Annual report of the Civil Veterinary Department, Bengal, and of the Bengal Veterinary College, for the year 1902-1903 - 1902-1903
Year: 1902
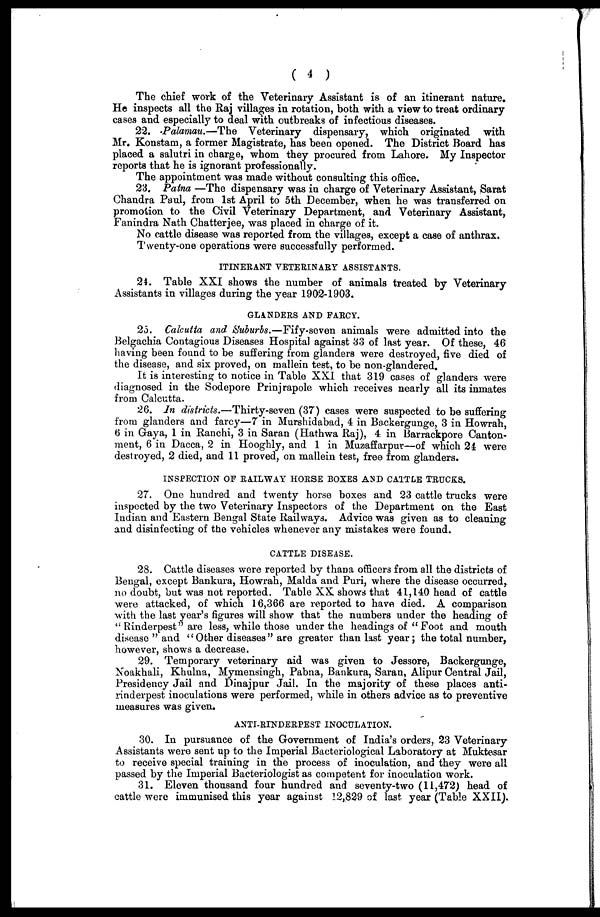
( 4 )
The chief work of the Veterinary Assistant is of an itinerant nature.
He inspects all the Raj villages in rotation, both with a view to treat ordinary
cases and especially to deal with outbreaks of infectious diseases.
22. .Palamau.—The Veterinary dispensary, which originated with
Mr. Konstam, a former Magistrate, has been opened. The District Board has
placed a salutri in charge, whom they procured from Lahore. My Inspector
reports that he is ignorant professionally.
The appointment was made without consulting this office.
23. Patna —The dispensary was in charge of Veterinary Assistant, Sarat
Chandra Paul, from 1st April to 5th December, when he was transferred on
promotion to the Civil Veterinary Department, and Veterinary Assistant,
Fanindra Nath Chatterjee, was placed in charge of it.
No cattle disease was reported from the villages, except a case of anthrax.
Twenty-one operations were successfully performed.
ITINERANT VETERINARY ASSISTANTS.
24. Table XXI shows the number of animals treated by Veterinary
Assistants in villages during the year 1902-1903.
GLANDERS AND FARCY.
25. Calcutta and Suburbs.—Fify-seven animals were admitted into the
Belgachia Contagious Diseases Hospital against 33 of last year. Of these, 46
having been found to be suffering from glanders were destroyed, five died of
the disease, and six proved, on mallein test, to be non-glandered.
It is interesting to notice in Table XXI that 319 cases of glanders were
diagnosed in the Sodepore Prinjrapole which receives nearly all its inmates
from Calcutta.
26. In districts.—Thirty-seven (37) cases were suspected to be suffering
from glanders and farcy—7 in Murshidabad, 4 in Backergunge, 3 in Howrah,
6 in Graya, 1 in Ranchi, 3 in Saran (Hathwa Raj), 4 in Barrackpore Canton-
ment, 6 in Dacca, 2 in Hooghly, and 1 in Muzaffarpur—of which 24 were
destroyed, 2 died, and 11 proved, on mallein test, free from glanders.
INSPECTION OF RAILWAY HORSE BOXES AND CATTLE TRUCKS.
27. One hundred and twenty horse boxes and 23 cattle trucks were
inspected by the two Veterinary Inspectors of the Department on the East
Indian and Eastern Bengal State Railways. Advice was given as to cleaning
and disinfecting of the vehicles whenever any mistakes were found.
CATTLE DISEASE.
28. Cattle diseases were reported by thana officers from all the districts of
Bengal, except Bankura, Howrah, Malda and Puri, where the disease occurred,
no doubt, but was not reported. Table XX shows that 41,140 head of cattle
were attacked, of which 16,366 are reported to have died. A comparison
with the last year's figures will show that the numbers under the heading of
" Rinderpest" are less, while those under the headings of " Foot and mouth
disease " and "Other diseases" are greater than last year; the total number,
however, shows a decrease.
29. Temporary veterinary aid was given to Jessore, Backergunge,
Noakhali, Khulna, Mymensingh, Pabna, Bankura, Saran, Alipur Central Jail,
Presidency Jail and Dinajpur Jail. In the majority of these places anti-
rinderpest inoculations were performed, while in others advice as to preventive
measures was given.
ANTI-RINDERPEST INOCULATION.
30. In pursuance of the Government of India's orders, 23 Veterinary
Assistants were sent up to the Imperial Bacteriological Laboratory at Muktesar
to receive special training in the process of inoculation, and they were all
passed by the Imperial Bacteriologist as competent for inoculation work.
31. Eleven thousand four hundred and seventy-two (11,472) head of
cattle were immunised this year against 12,829 of last year (Table XXII).